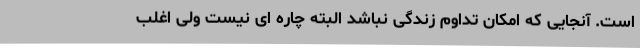
است. آنجایی که امکان تداوم زندگی نباشد البته چاره ای نیست ولی اغلب